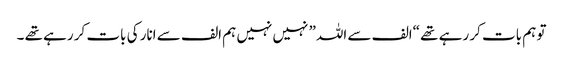
تو ہم بات کر رہے تھے “الف سے اللہ” نہیں نہیں ہم الف سے انار کی بات کر رہے تھے ۔